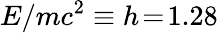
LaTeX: E/mc^{2}\equiv h\! =\! 1.28